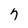
Character: 7